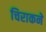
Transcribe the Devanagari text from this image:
चिराकने